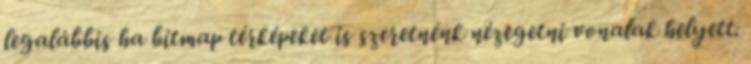
legalábbis ha bitmap térképeket is szeretnénk nézegetni vonalak helyett.